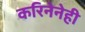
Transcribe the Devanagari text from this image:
करिनेनेही